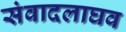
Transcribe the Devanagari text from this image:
संवादलाघव